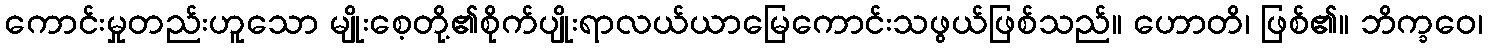
ကောင်းမှုတည်းဟူသော မျိုးစေ့တို့၏စိုက်ပျိုးရာလယ်ယာမြေကောင်းသဖွယ်ဖြစ်သည်။ ဟောတိ၊ ဖြစ်၏။ ဘိက္ခဝေ၊